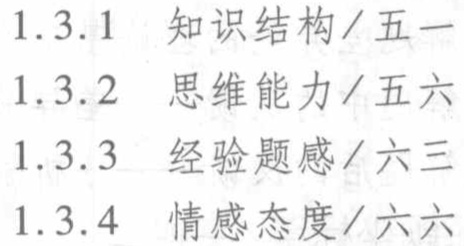
1.3.1 知识结构/五一

1.3.2 思维能力/五六

1.3.3 经验题感/六三

1.3.4 情感态度/六六